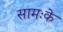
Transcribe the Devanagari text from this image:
सामःके